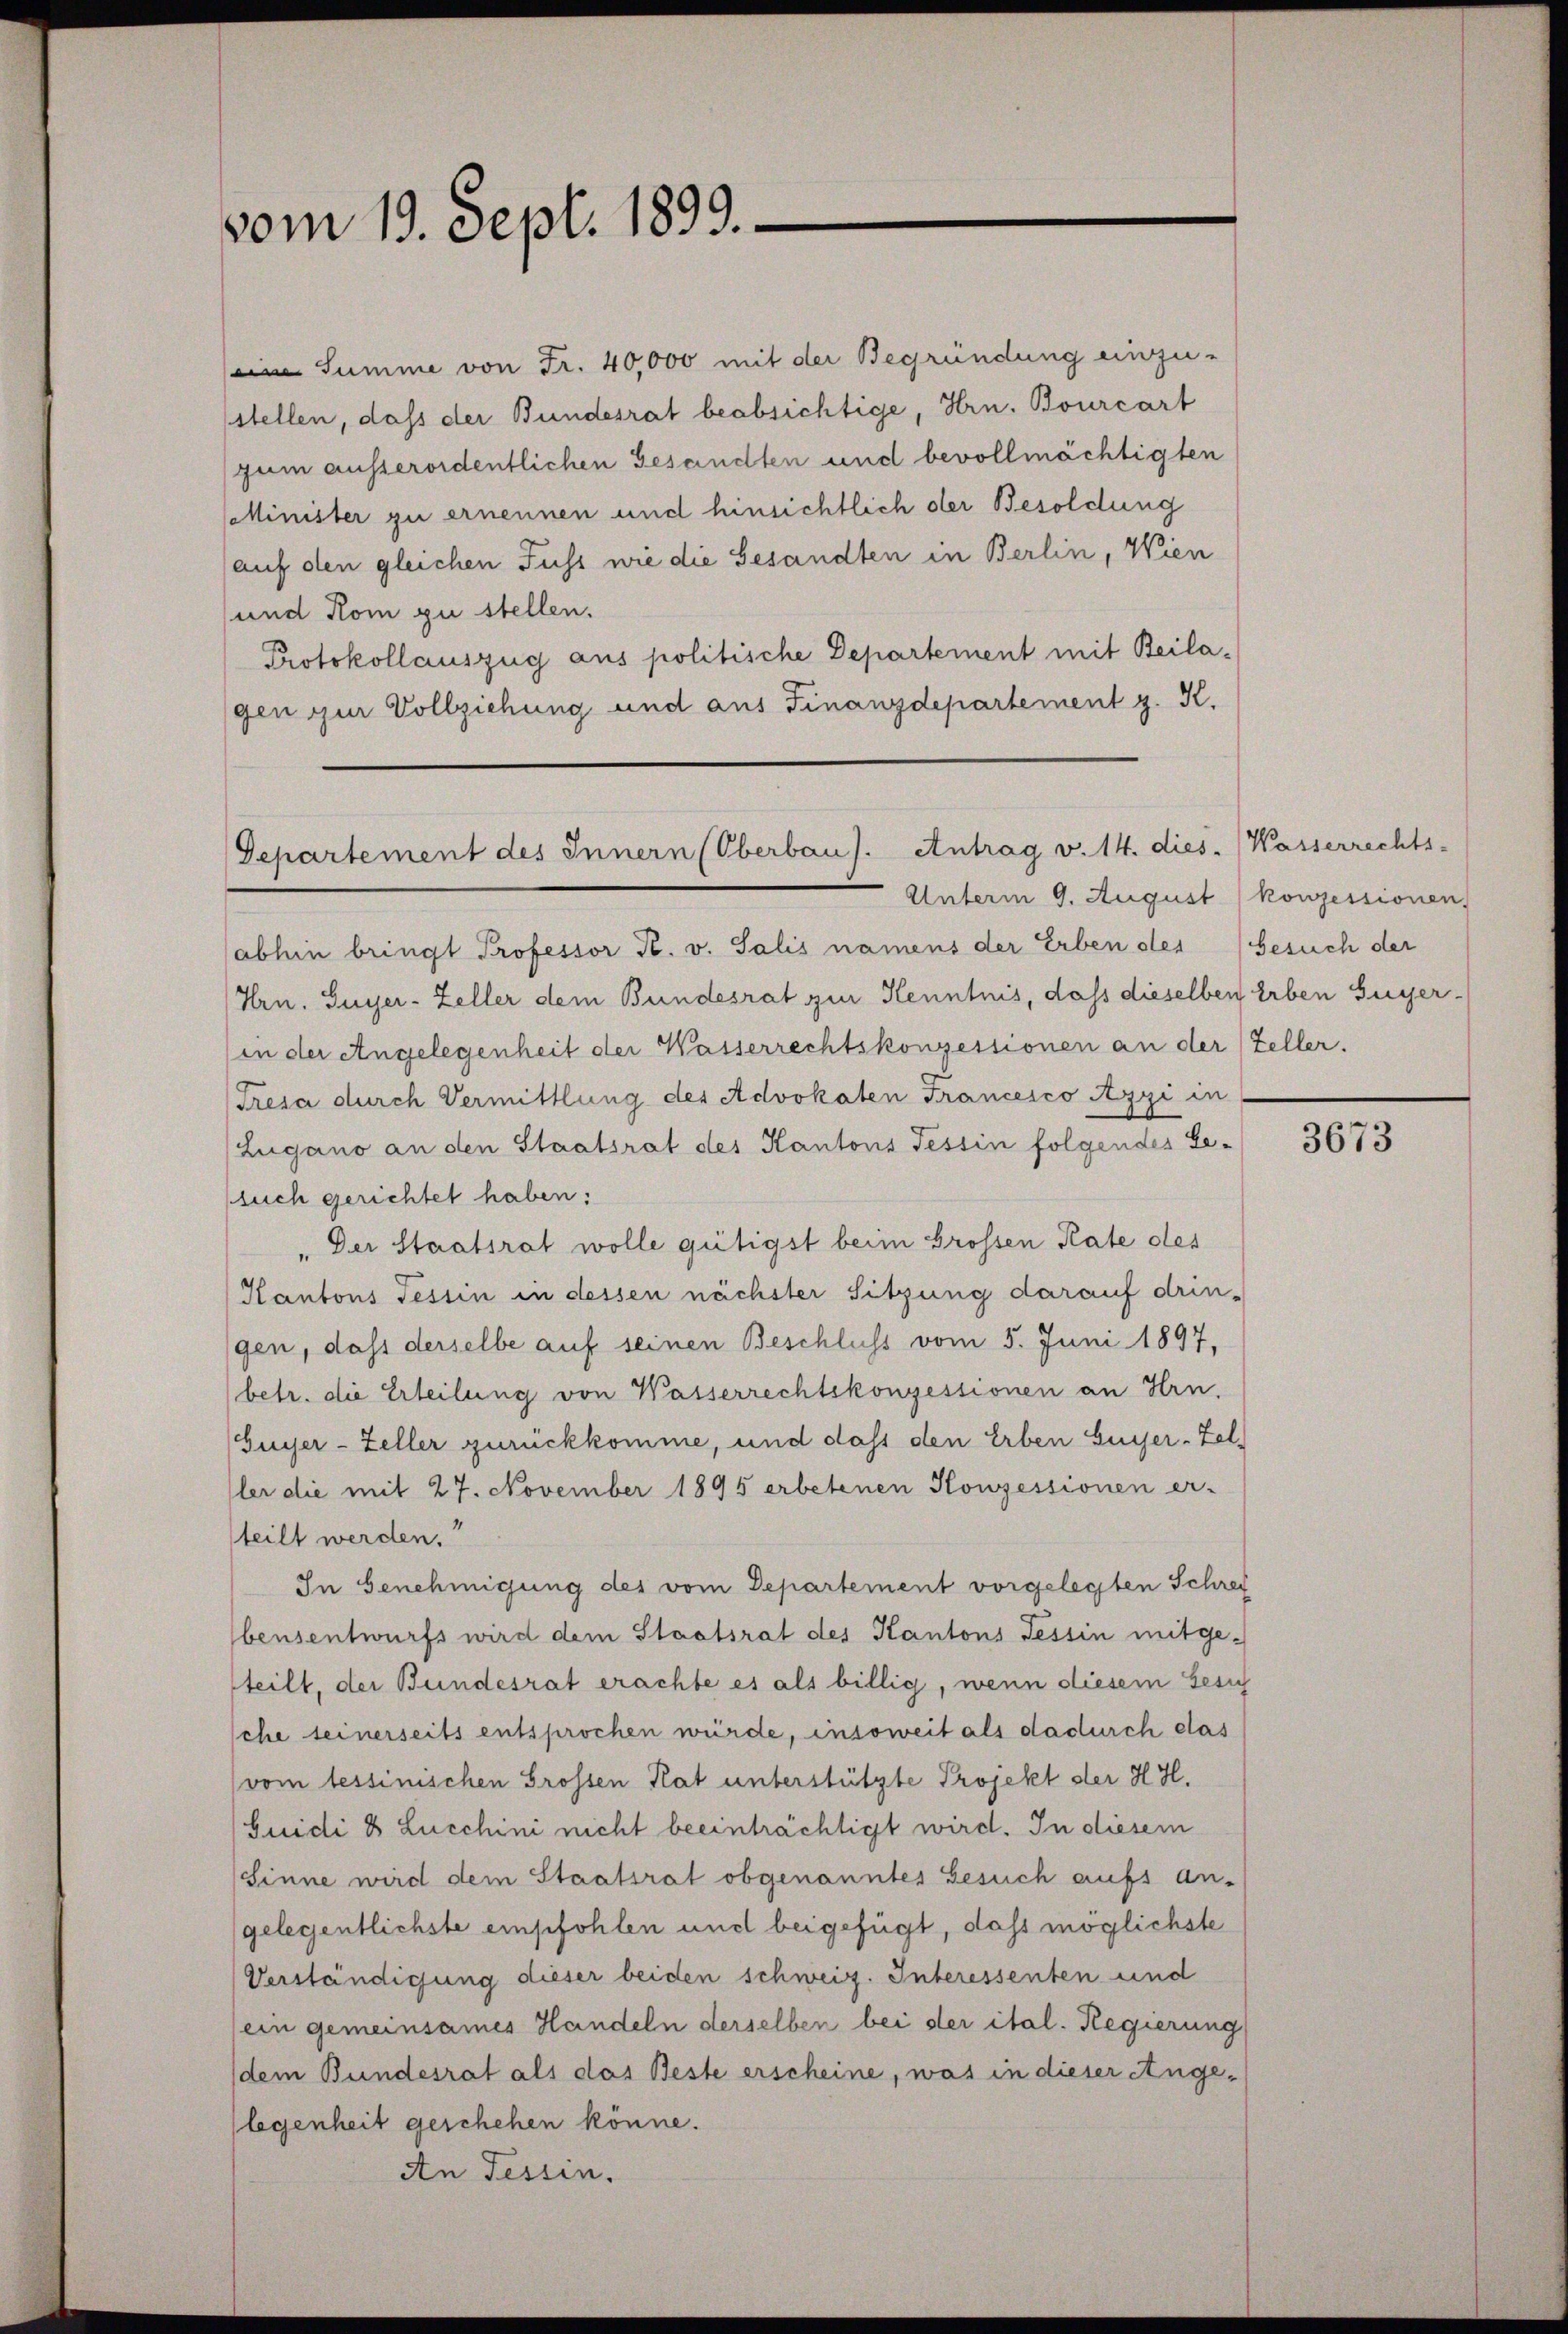
vom 19. Sept. 1899.

Summe von Fr. 40,000 mit der Begründung einzu-
stellen, daß der Bundesrat beabsichtige, Hrn. Bourcart
zum ausserordentlichen Gesandten und bevollmächtigten
Minister zu ernennen und hinsichtlich der Besoldung
auf den gleichen Fuss wie die Gesandten in Berlin, Wien
und Rom zu stellen.
Protokollauszug aus politische Departement mit Beilagen zur Vollziehung und aus Finanzdepartement z. K.

Departement des Innern (Oberbau). Antrag v. 14. dies

Unterm 9. August (konzessionen,

abhin bringt Professor K. v. Salis namens der Erben des Gesuch der
Hrn. Guyer-Zeller dem Bundesrat zur Kenntnis, dass dieselben Erben Guyer-
(in der Angelegenheit der Wasserrechtskonzessionen an der Zeller.
Tresa durch Vermittlung des Advokaten Francesco Azzi in
Lugano an den Staatsrat des Kantons Tessin folgendes Ge-
such gerichtet haben:
" Der Staatsrat wolle gütigst beim Grossen Rate des
Kantons Tessin in dessen nächster Sitzung darauf drin-
gen, dass derselbe auf seinen Beschluss vom 5. Juni 1897,
betr. die Erteilung von Wasserrechtskonzessionen an Hrn.
Guyer-Zeller zurückkomme, und dass den Erben Guyer-Zel¬
(ler die mit 27. November 1895 erbetenen Konzessionen er-
steilt werden.
In Genehmigung des vom Departement vorgelegten Schrei
bensentwurfs wird dem Staatsrat des Kantons Tessin mitgesteilt, der Bundesrat erachte es als billig, wenn diesem Gesich
che seinerseits entsprochen würde, insoweit als dadurch das
(vom tessinischen Grossen Rat unterstützte Projekt der H. H.
Guidi 8 Lucchini nicht beeinträchtigt wird. In diesem
Sinne wird dem Staatsrat obgenanntes Gesuch aufs an-
gelegentlichste empfohlen und beigefügt, dass möglichste
Verständigung dieser beiden schweiz. Interessenten und
(ein gemeinsames Handeln derselben bei der ital. Regierung
(dem Bundesrat als das Beste erscheine, was in dieser Angelegenheit geschehen könne.
An Tessin.

Wasserrechts-

3673